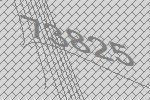
73825